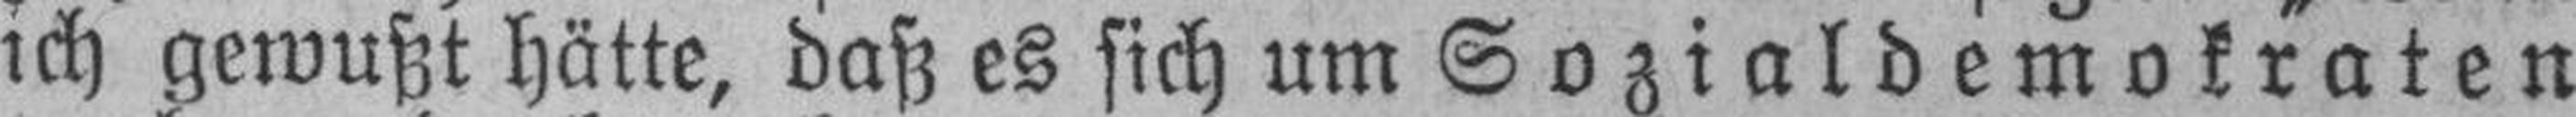
ich gewußt hätte, daß es sich um Sozialdemokraten